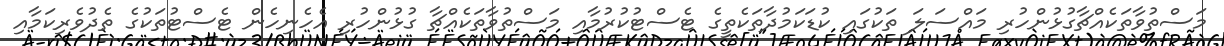
މަސްތުވާތަކެއްޗާގުޅުންހުރި މައްސަލަ ތަކުގައި ކުޑަކަމުދާތަކެތީގެ ޓެސްޓުކުރުމާއި މަސްތުވާތަކެއްޗާ ގުޅުންހުރި އެހެނިހެން ޓެސްޓުތަކުގެ ތެދުވެރިކަމާއި